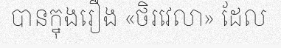
បានក្នុងរឿង «ថិរវេលា» ដែល